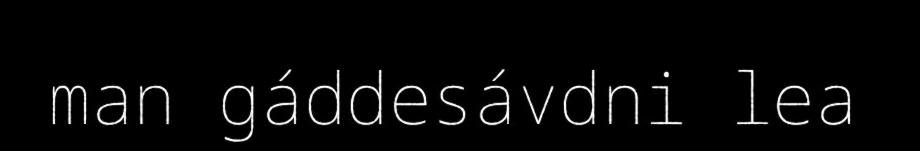
man gáddesávdni lea